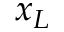
x _ { L }